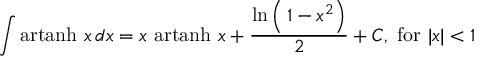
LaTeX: \int \operatorname { a r t a n h } \, x \, d x = x \, \operatorname { a r t a n h } \, x + { \frac { \ln \left( \, 1 - x ^ { 2 } \right) } { 2 } } + C , { \mathrm { ~ f o r ~ } } \vert x \vert < 1